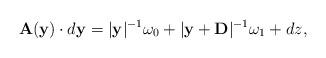
LaTeX: \begin{align*}{\bf A}({\bf y}) \cdot d{\bf y} = |{\bf y}|^{-1} \omega_0 + |{\bf y} + {\bf D}|^{-1} \omega_1 + dz,\end{align*}